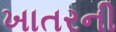
ખાતરની